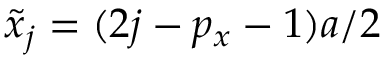
\tilde { x } _ { j } = ( 2 j - p _ { x } - 1 ) a / 2